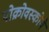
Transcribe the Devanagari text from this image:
पोक्रोवस्कोये